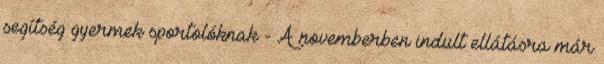
segítség gyermek sportolóknak - A novemberben indult ellátásra már